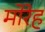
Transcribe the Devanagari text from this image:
मोरेह